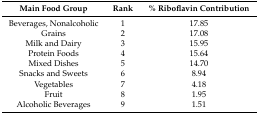
<table><thead><tr><td><b>Main Food Group</b></td><td><b>Rank</b></td><td><b>% Riboflavin Contribution</b></td></tr></thead><tbody><tr><td>Beverages, Nonalcoholic</td><td>1</td><td>17.85</td></tr><tr><td>Grains</td><td>2</td><td>17.08</td></tr><tr><td>Milk and Dairy</td><td>3</td><td>15.95</td></tr><tr><td>Protein Foods</td><td>4</td><td>15.64</td></tr><tr><td>Mixed Dishes</td><td>5</td><td>14.70</td></tr><tr><td>Snacks and Sweets</td><td>6</td><td>8.94</td></tr><tr><td>Vegetables</td><td>7</td><td>4.18</td></tr><tr><td>Fruit</td><td>8</td><td>1.95</td></tr><tr><td>Alcoholic Beverages</td><td>9</td><td>1.51</td></tr></tbody></table>